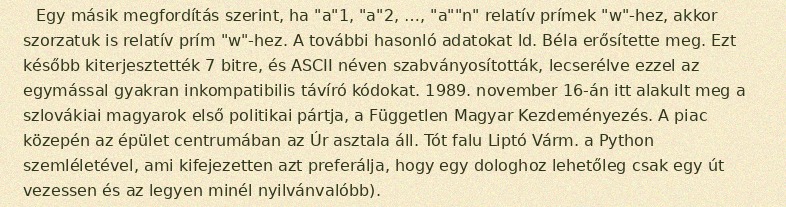
Egy másik megfordítás szerint, ha "a"1, "a"2, …, "a""n" relatív prímek "w"-hez, akkor szorzatuk is relatív prím "w"-hez. A további hasonló adatokat ld. Béla erősítette meg. Ezt később kiterjesztették 7 bitre, és ASCII néven szabványosították, lecserélve ezzel az egymással gyakran inkompatibilis távíró kódokat. 1989. november 16-án itt alakult meg a szlovákiai magyarok első politikai pártja, a Független Magyar Kezdeményezés. A piac közepén az épület centrumában az Úr asztala áll. Tót falu Liptó Várm. a Python szemléletével, ami kifejezetten azt preferálja, hogy egy dologhoz lehetőleg csak egy út vezessen és az legyen minél nyilvánvalóbb).